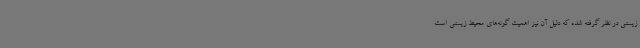
زیستی در نظر گرفته شده که دلیل آن نیز اهمیت گونه‌های محیط زیستی است